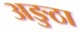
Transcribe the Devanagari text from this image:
अङुठा